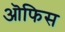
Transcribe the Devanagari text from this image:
ऒफिस